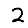
Digit: 2